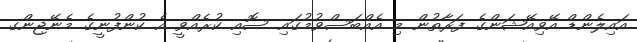
އައިލެންޑް އޭވިއޭޝަންގެ ފަރާތުން މި އެއްބަސްވުމުގައި ސޮއި ކުރެއްވީ އެ ކުންފުނީގެ މެނޭޖިންގ